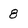
Character: 8